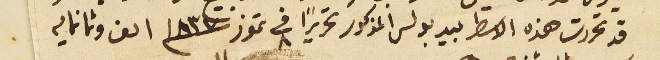
قد تحررت هذه الاسطر بيد بولس المذكور تحريراً في ٨ تموز  ١٨٣٧ الف وثمانمايه